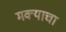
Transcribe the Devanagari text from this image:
मक्याचा